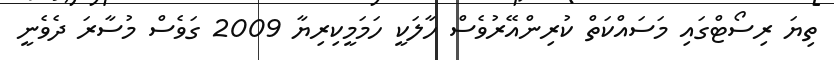
ތިޔަ ރިސޯޓްގައި މަސައްކަތް ކުރިންއޭރުވެސް ހާލަކީ ހަމަމީކިރިޔާ 2009 ގަވެސް މުސާރަ ދެވެނީ